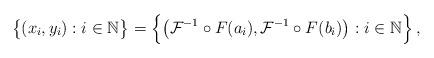
LaTeX: \begin{align*} \big\{ (x_i, y_i) : i\in\mathbb{N} \big\} = \Big\{ \big(\mathcal{F}^{-1}\circ F(a_i), \mathcal{F}^{-1}\circ F(b_i)\big) : i\in\mathbb{N} \Big\} \,, \end{align*}